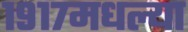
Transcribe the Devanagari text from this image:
१९१७मधल्या